Annual report on the working of the lock hospitals in the North-Western Provinces and Oudh
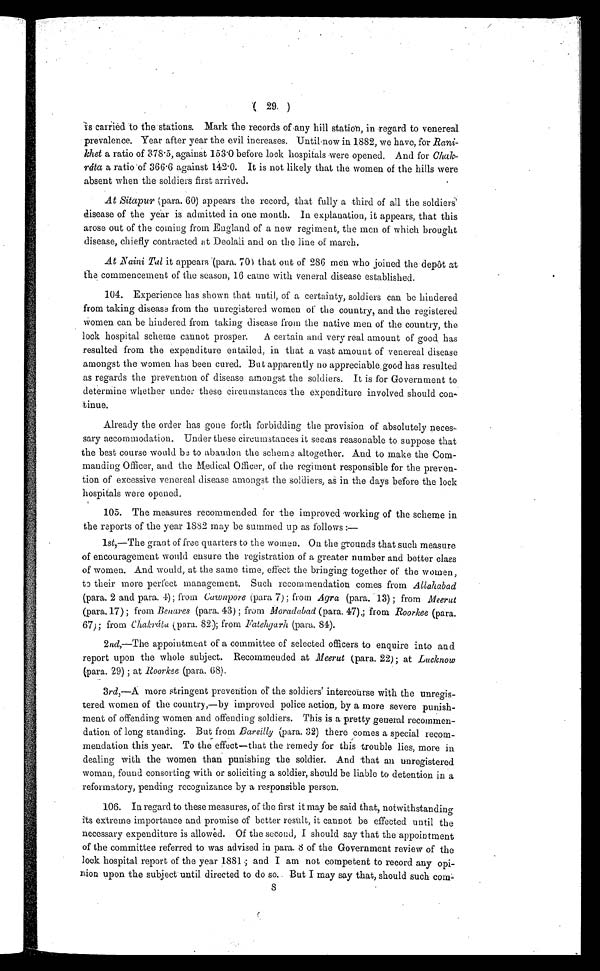
( 29 )
is carried to the stations. Mark the records of any hill station, in regard to venereal
prevalence. Year after year the evil increases. Until now in 1882, we have, for Rani-
khet a ratio of 878 . 5, against 153·0 before lock hospitals were opened. And for Chak-
ráta a ratio of 366 . 6 against 142 . 0. It is not likely that the women of the hills were
absent when the soldiers first arrived.
At Sitapur (para. 60) appears the record, that fully a third of all the soldiers'
disease of the year is admitted in one month. In explanation, it appears, that this
arose out of the coming from England of a new regiment, the men of which brought
disease, chiefly contracted at Deolali and on the line of march.
At Naini Tal it appears (para. 70) that out of 286 men who joined the depôt at
the commencement of the season, 16 came with veneral disease established.
104. Experience has shown that until, of a certainty, soldiers can be hindered
from taking disease from the unregistered women of the country, and the registered
women can be hindered from taking disease from the native men of the country, the
lock hospital scheme cannot prosper. A certain and very real amount of good, has
resulted from the expenditure entailed, in that a vast amount of venereal disease
amongst the women has been cured. But apparently no appreciable good has resulted
as regards the prevention of disease amongst the soldiers. It is for Government to
determine whether under these circumstances the expenditure involved should con-
tinue.
Already the order has gone forth forbidding the provision of absolutely neces-
sary accommodation. Under these circumstances it seems reasonable to suppose that
the best course would be to abandon the scheme altogether. And to make the Com-
manding Officer, and the Medical Officer, of the regiment responsible for the preven-
tion of excessive venereal disease amongst the soldiers, as in the days before the lock
hospitals were opened.
105. The measures recommended for the improved working of the scheme in
the reports of the year 1882 may be summed up as follows :—
1st,—The grant of free quarters to the women. On the grounds that such measure
of encouragement would ensure the registration of a greater number and better class
of women. And would, at the same time ; effect the bringing together of the women,
to their more perfect management. Such recommendation comes from Allahabad
(para. 2 and para. 4); from Ca wnpore (para 7); from Agra (para. 13) ; from Meerut
(para. 17) ; from Benares (para. 43) ; from Moradabad (para. 47).; from Roorkee (para.
67).; from Chakráta (para. 82); from Fatehgarh (para. 84).
2 nd ,—The appointment of a committee of selected officers to enquire into and
report upon the whole subject. Recommended at Meerut (para. 22); at Lucknow
(para. 29) ; at Roorkee (para. 68).
3rd ,—A more stringent prevention of the soldiers' intercourse with the unregis
-tered women of the country,—by improved police action, by a more severe punish-
ment of offending women and offending soldiers. This is a pretty general recommen-
dation of long standing. But from Bareilly (para. 32) there comes a special recom-
mendation this year. To the effect—that the remedy for this trouble lies, more in
dealing with the women than punishing the soldier. And that an unregistered
woman, found consorting with or soliciting a soldier, should be liable to detention in a
reformatory, pending recognizance by a responsible person.
106. In regard to these measures, of the first it may be said that, notwithstanding
its extreme importance and promise of better result, it cannot be effected until the
necessary expenditure is allowed. Of the second, I should say that the appointment
of the committee referred to was advised in para. 8 of the Government review of the
lock hospital report of the year 1881 ; and I am not competent to record any opi-
nion upon the subject until directed to. do so. But I may say that, should such com-
8